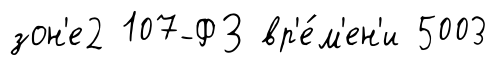
зон'е2 107-ФЗ вр'е́м'ен'и 5003